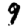
Digit: 9